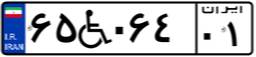
۶۵W۰۶۴۰۱